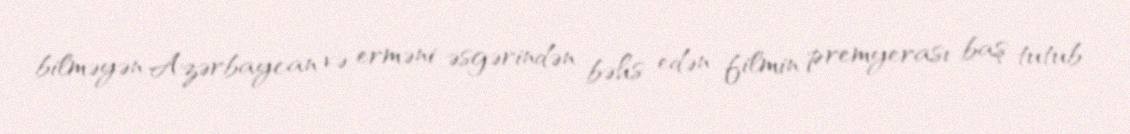
bilməyən Azərbaycan və erməni əsgərindən bəhs edən filmin premyerası baş tutub.